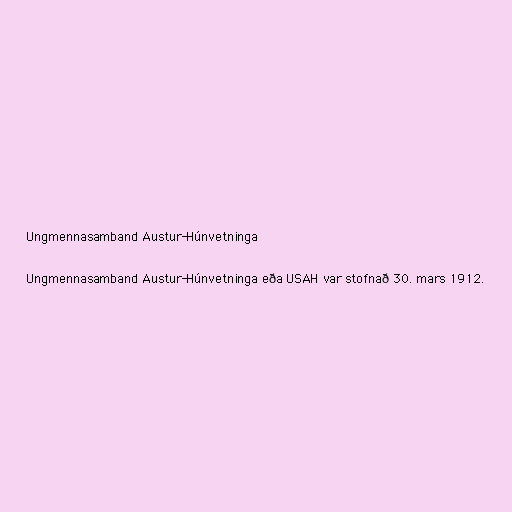
Ungmennasamband Austur-Húnvetninga

Ungmennasamband Austur-Húnvetninga eða USAH var stofnað 30. mars 1912.